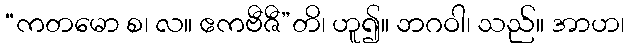
“ကတမော စ၊ လ။ ဧကဗီဇီ”တိ၊ ဟူ၍။ ဘဂဝါ၊ သည်။ အာဟ၊